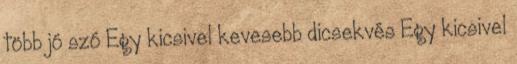
több jó szó Egy kicsivel kevesebb dicsekvés Egy kicsivel